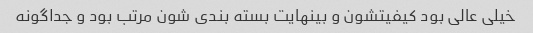
خیلی عالی بود کیفیتشون و بینهایت بسته بندی شون مرتب بود و جداگونه